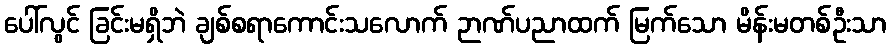
ပေါ်လွင် ခြင်းမရှိဘဲ ချစ်စရာကောင်းသလောက် ဉာဏ်ပညာထက် မြက်သော မိန်းမတစ်ဦးသာ